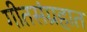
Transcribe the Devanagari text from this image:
गीतसंग्रहात